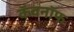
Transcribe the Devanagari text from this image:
कॅवनॉफ